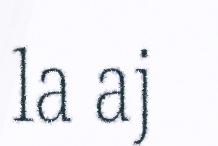
la aj